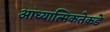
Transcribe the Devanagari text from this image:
आध्यात्मिकतेकडे